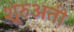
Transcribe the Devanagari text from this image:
शुरुअती